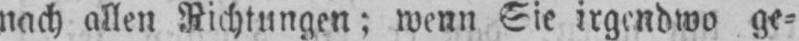
nach allen Richtungen; wenn Sie irgendwo ge⸗